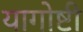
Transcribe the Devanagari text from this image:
यागोष्टी